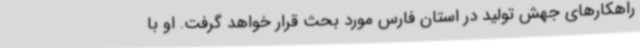
راهکارهای جهش تولید در استان فارس مورد بحث قرار خواهد گرفت. او با